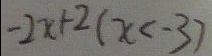
- 2 x + 2 ( x < - 3 )